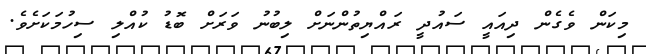
މިކަން ވެގެން ދިއައީ ސައުދީ ރައްްޔިތުންނަށް ލިބުނު ވަރަށް ބޮޑު ކުއްލި ސިހުމަކަށެވެ.